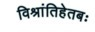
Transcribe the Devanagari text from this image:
विश्रांतिहेतबः